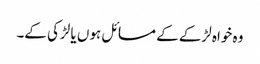
وہ خواہ لڑکے کے مسائل ہوں یا لڑکی کے۔